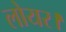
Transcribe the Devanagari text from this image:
लोयर।